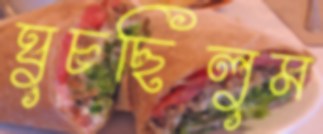
ঘুচছিলুম